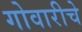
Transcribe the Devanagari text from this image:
गोवारीचे